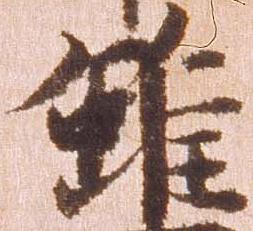
雖